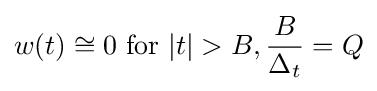
w(t)\cong 0{\text{ for }}|t|>B,{\frac {B}{\Delta _{t}}}=Q